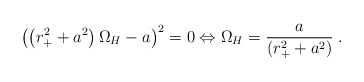
\begin{align*}{\left(\left(r_{+}^2+a^2\right)\Omega_{H}-a\right)}^2=0\Leftrightarrow\Omega_{H}=\frac{a}{\left(r_{+}^2+a^2\right)}\;.\end{align*}